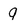
Character: q